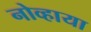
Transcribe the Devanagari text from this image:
नोव्हाया